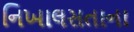
નિખાલસતાના